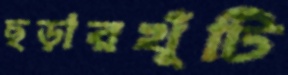
ছড়ারখুঁটি